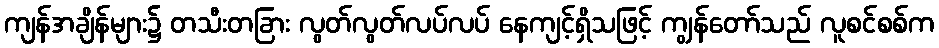
ကျန်အချိန်များ၌ တသီးတခြား လွတ်လွတ်လပ်လပ် နေကျင့်ရှိသဖြင့် ကျွန်တော်သည် လူစင်စစ်က